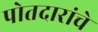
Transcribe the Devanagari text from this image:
पोतदारांचे